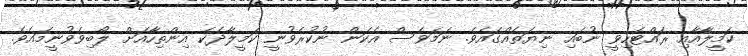
ކަމީލާއާއި ރައްޓެހިވީ ނުބައި ނިޔަތެއްގައެވެ. ނަމަވެސް އެކަން ނުކުރެވުނީ ކަމީލާދެކެ އިންތިހާއަށް ލޯބިވެވުނީމައެވެ.